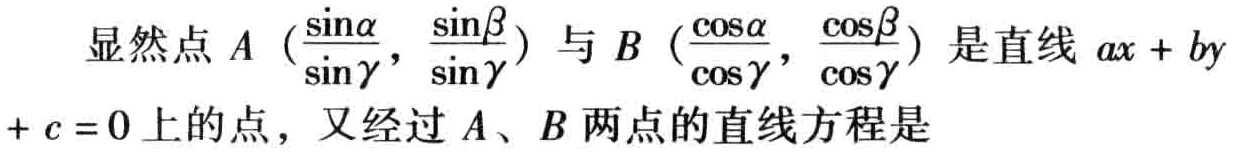
显然点\(A（\frac{\sin\alpha}{\sin\gamma}，\frac{\sin\beta}{\sin\gamma}）\)与\(B（\frac{\cos\alpha}{\cos\gamma}，\frac{\cos\beta}{\cos\gamma}）\)是直线\(ax + by + c = 0\)上的点，又经过\(A、B\)两点的直线方程是